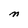
Character: M